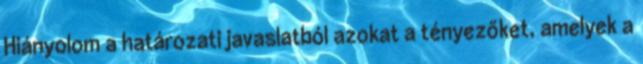
Hiányolom a határozati javaslatból azokat a tényezőket, amelyek a